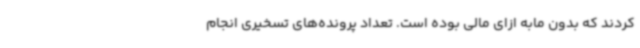
کردند که بدون مابه ازای مالی بوده است. تعداد پرونده‌های تسخیری انجام